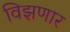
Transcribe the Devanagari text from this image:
विझणार